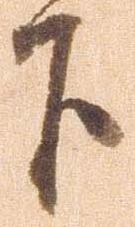
下